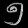
Digit: ၅